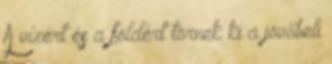
A vízért és a földért törnek ki a jövőbeli